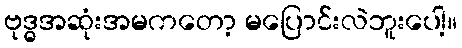
ဗုဒ္ဓအဆုံးအမကတော့ မပြောင်းလဲဘူးပေါ့။